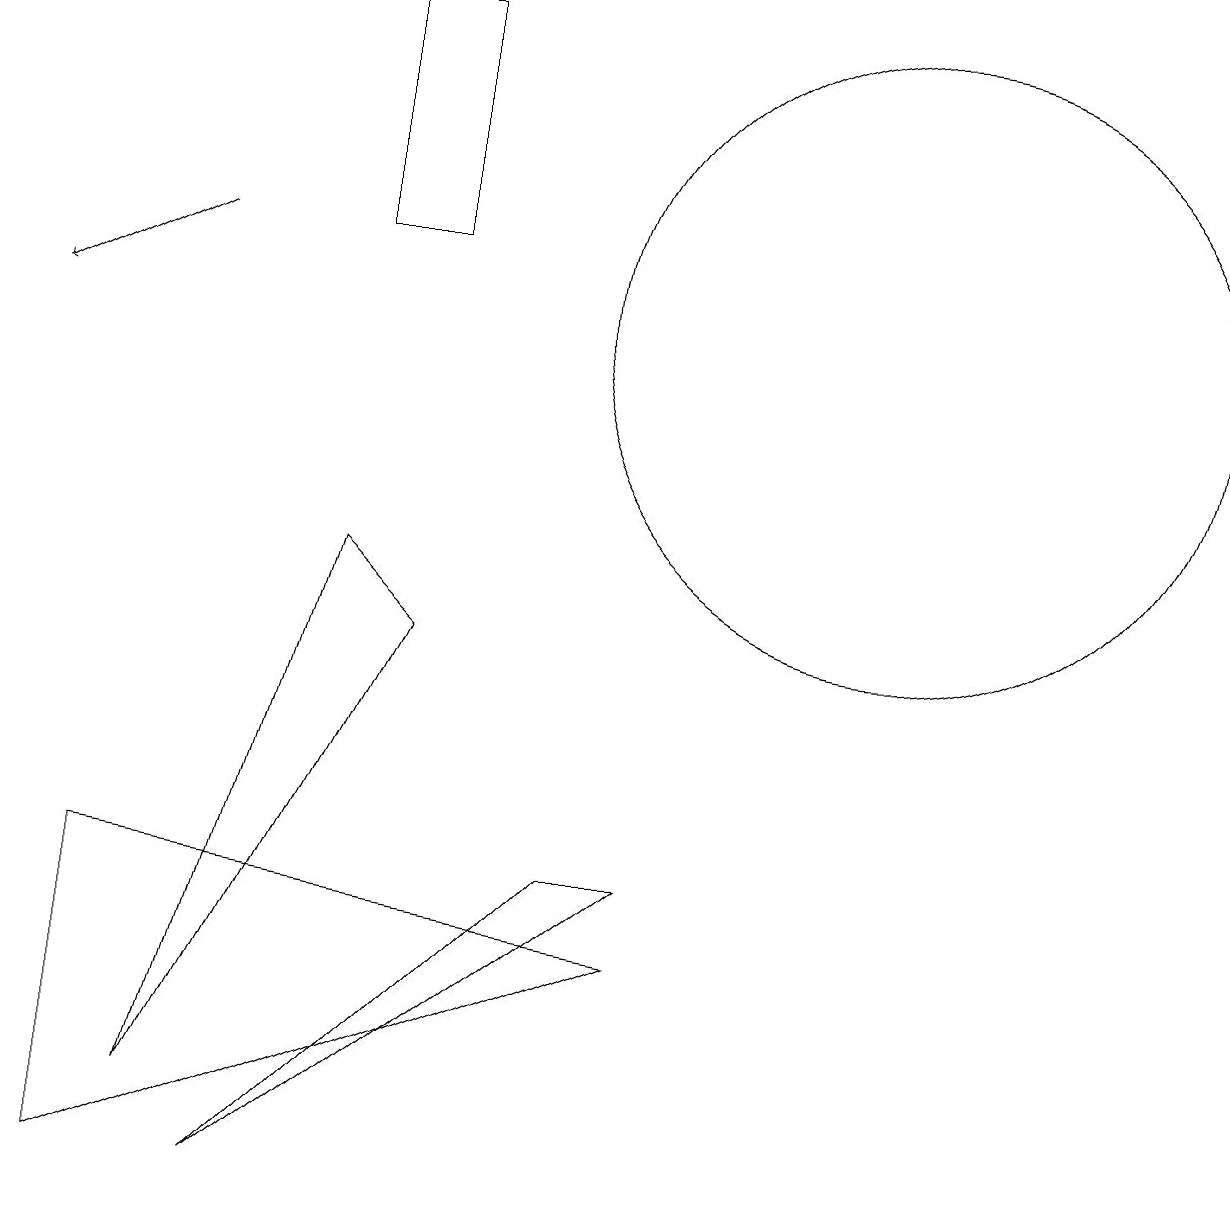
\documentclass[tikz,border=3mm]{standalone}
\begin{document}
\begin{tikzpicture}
\draw (6,12) rectangle (5,15);
\draw (12,11) circle (4);
\draw (10,11) circle (0);
\draw (6,7) -- (5,8) -- (3,1) -- cycle;
\draw[->] (3,12) -- (1,11);
\draw (9,4) -- (4,0) -- (8,4) -- cycle;
\draw (2,4) -- (9,3) -- (2,0) -- cycle;
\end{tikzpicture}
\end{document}